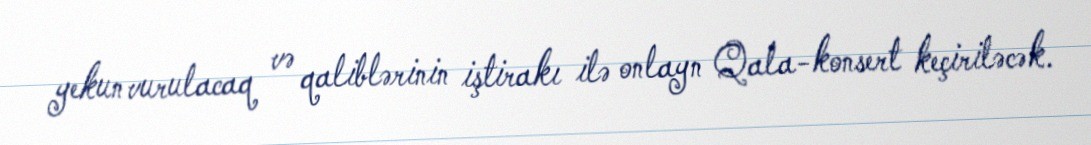
yekun vurulacaq və qaliblərinin iştirakı ilə onlayn Qala-konsert keçiriləcək.